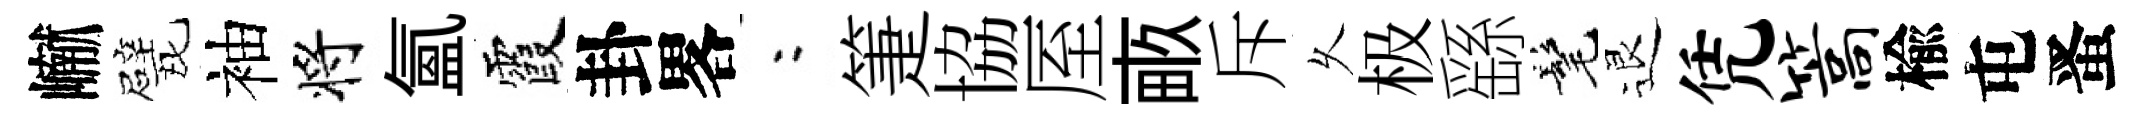
𪩘戏袖将氳霞卦畧欸箑協厔畞斥乆极繇髦退凭篙楡屯󱉠